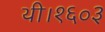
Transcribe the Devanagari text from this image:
थी।१६०३